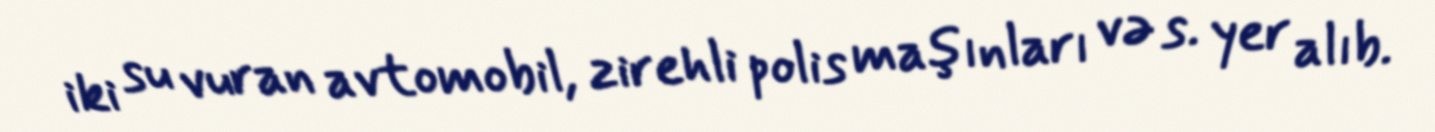
iki su vuran avtomobil, zirehli polis maşınları və s. yer alıb.